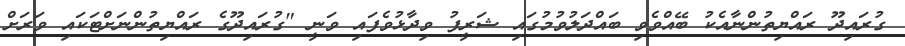
ގުރައިދޫ ރައްޔިތުންނާއެކު ބޭއްވެވި ބައްދަލުވުމުގައި ޝަރީފު ވިދާޅުވެފައި ވަނީ "ގުރައިދޫގެ ރައްޔިތުންނަށްޓަކައި ވަރަށް